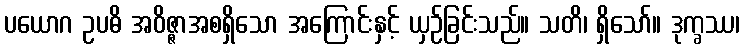
ပယောဂ ဥပဓိ အဝိဇ္ဇာအစရှိသော အကြောင်းနှင့် ယှဉ်ခြင်းသည်။ သတိ၊ ရှိသော်။ ဒုက္ခဿ၊